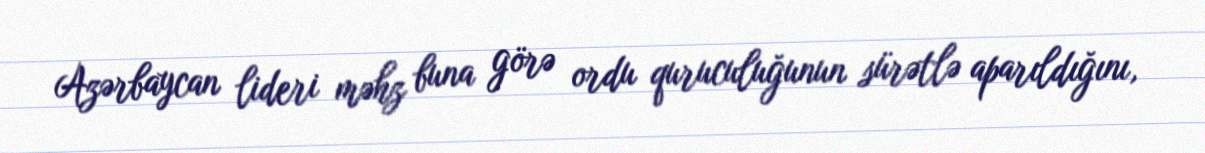
Azərbaycan lideri məhz buna görə ordu quruculuğunun sürətlə aparıldığını,